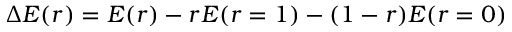
\Delta E ( r ) = E ( r ) - r E ( r = 1 ) - ( 1 - r ) E ( r = 0 )